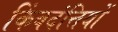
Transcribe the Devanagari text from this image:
किंवदंत्तियों